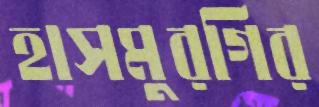
হাসমুরগির